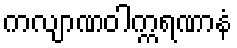
ကလျာဏဝါက္ကရဏာနံ